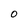
Character: O